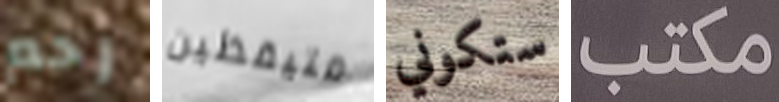
رحم متيقظين ستكوني مكتب